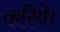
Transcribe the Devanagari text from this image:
करिये।